Note on the mental hospitals in Burma - 1925-1940
Year: 1925
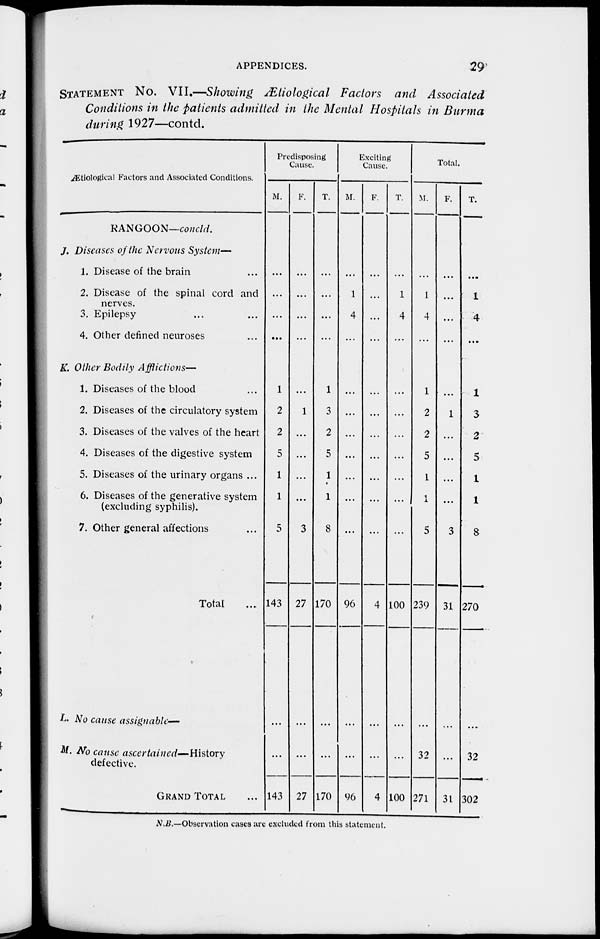
APPENDICES.
29
STATEMENT NO. VII.—Showing Ætiological Factors and Associated
Conditions in the patients admitted in the Mental Hospitals in Burma
during 1927—contd.
Ætiological Factors and Associated Conditions.
RANGOON—concld.
J. Diseases of the Nervous System—
1. Disease of the brain
2. Disease of the spinal cord and
nerves.
3. Epilepsy
4. Other defined neuroses ...
K. Other Bodily Afflictions—
1. Diseases of the blood
2. Diseases of the circulatory system
3. Diseases of the valves of the heart
4. Diseases of the digestive system
5. Diseases of the urinary organs ...
6. Diseases of the generative system
(excluding syphilis).
7. Other general affections
Total ...
L. No cause assignable—
M. No cause ascertained—History
defective.
GRAND TOTAL ...
Predisposing
Cause.
M.
...
...
...
...
1
2
2
5
1
1
5
143
...
143
F.
...
...
...
...
...
1
...
...
...
...
3
27
...
27
T.
...
...
...
...
1
3
2
5
1
1
8
170
...
170
Exciting
Cause.
M.
...
1
4
...
...
...
...
...
...
...
...
96
...
96
F.
...
...
...
...
...
...
...
...
...
...
...
4
...
4
T.
...
1
4
...
...
...
...
...
...
...
...
100
...
100
Total.
M.
...
1
4
...
1
2
2
5
1
1
5
239
32
271
F.
...
...
...
...
...
1
...
...
...
...
3
31
...
31
T.
...
1
4
...
1
3
2
5
1
1
8
270
32
302
N.B.—Observation cases are excluded from this statement.